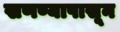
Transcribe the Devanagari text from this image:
खणण्यापासून